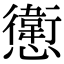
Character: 㦣